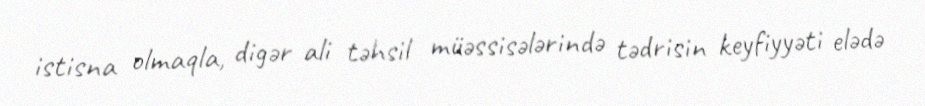
istisna olmaqla, digər ali təhsil müəssisələrində tədrisin keyfiyyəti elədə